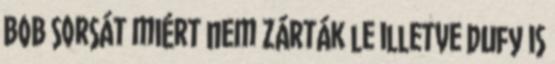
BOB sorsát miért nem zárták le illetve Dufy is